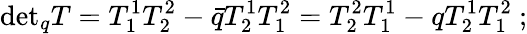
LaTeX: \mathrm{det}_{q}T=T_{1}^{1}T_{2}^{2}-\bar{q}T_{2}^{1}T_{1}^{2}=T_{2}^{2}T_{1}^{1}-qT_{2}^{1}T_{1}^{2}\ ;